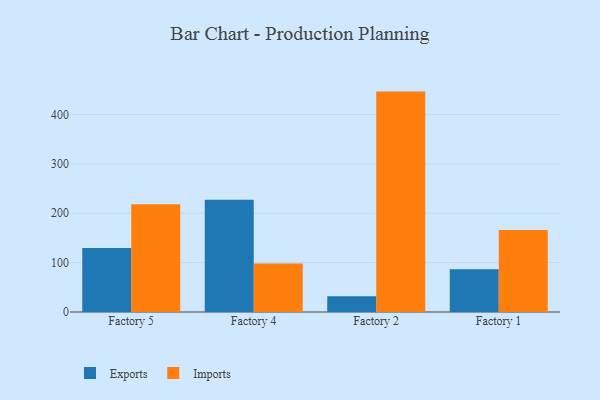
{"axis": {"x": "Factory", "y": "Page Views"}, "legend": ["Exports", "Imports"], "data": [{"x": "Factory 5", "y": 129.6, "type": "Exports"}, {"x": "Factory 5", "y": 218.3, "type": "Imports"}, {"x": "Factory 4", "y": 227.3, "type": "Exports"}, {"x": "Factory 4", "y": 98.3, "type": "Imports"}, {"x": "Factory 2", "y": 32.1, "type": "Exports"}, {"x": "Factory 2", "y": 446.3, "type": "Imports"}, {"x": "Factory 1", "y": 86.5, "type": "Exports"}, {"x": "Factory 1", "y": 166.2, "type": "Imports"}]}